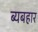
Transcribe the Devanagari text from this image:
ब्यबहार